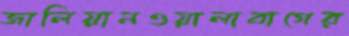
জালিয়ানওয়ালাবাগের